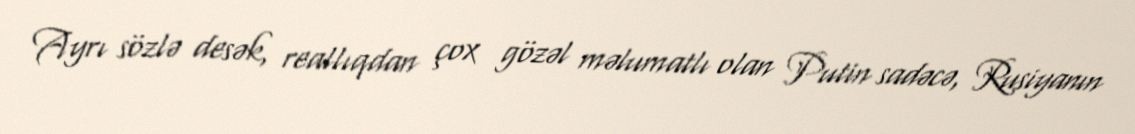
Ayrı sözlə desək, reallıqdan çox gözəl məlumatlı olan Putin sadəcə, Rusiyanın